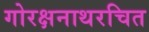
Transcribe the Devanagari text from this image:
गोरक्षनाथरचित